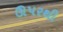
ઊપરથી